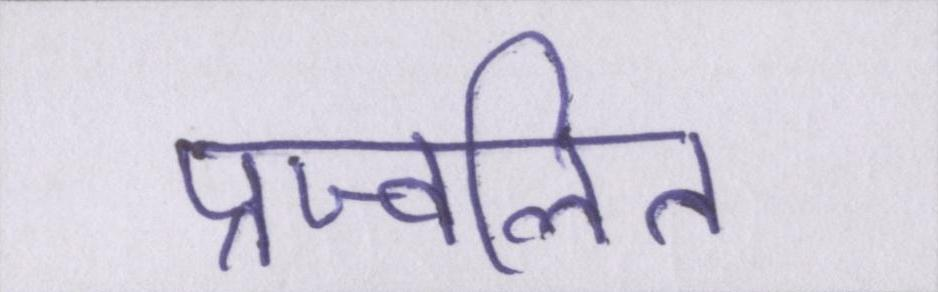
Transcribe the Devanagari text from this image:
प्रज्वलित